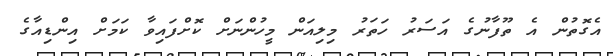
އެގޮތުން އެ ތޫފާނުގެ އަސަރު ހަތަރު މިލިއަން މީހުންނަށް ކޮށްފައިވާ ކަމަށް އިންޑިއާގެ